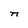
Character: n